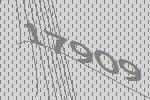
17909